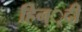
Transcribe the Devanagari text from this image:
हिन््दी